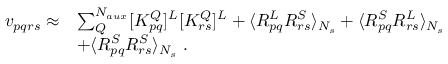
\begin{array} { r l } { v _ { p q r s } \approx } & { \sum _ { Q } ^ { N _ { a u x } } [ K _ { p q } ^ { Q } ] ^ { L } [ K _ { r s } ^ { Q } ] ^ { L } + \langle R _ { p q } ^ { L } R _ { r s } ^ { S } \rangle _ { N _ { s } } + \langle R _ { p q } ^ { S } R _ { r s } ^ { L } \rangle _ { N _ { s } } } \\ & { + \langle R _ { p q } ^ { S } R _ { r s } ^ { S } \rangle _ { N _ { s } } ~ . } \end{array}